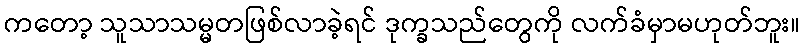
ကတော့ သူသာသမ္မတဖြစ်လာခဲ့ရင် ဒုက္ခသည်တွေကို လက်ခံမှာမဟုတ်ဘူး။